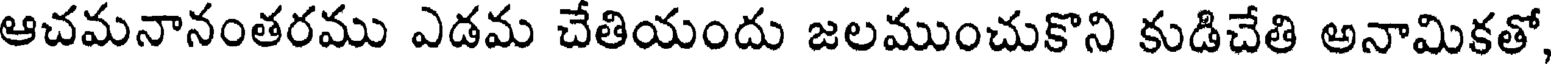
ఆచమనానంతరము ఎడమ చేతియందు జలముంచుకొని కుడిచేతి అనామికతో